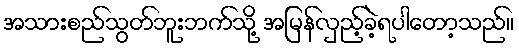
အသားစည်သွတ်ဘူးဘက်သို့ အမြန်လှည့်ခဲ့ရပါတော့သည်။